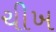
ચીખ